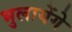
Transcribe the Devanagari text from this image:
भुलायेंगे